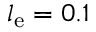
l _ { \mathrm { e } } = 0 . 1